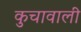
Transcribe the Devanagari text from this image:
कुचावाली